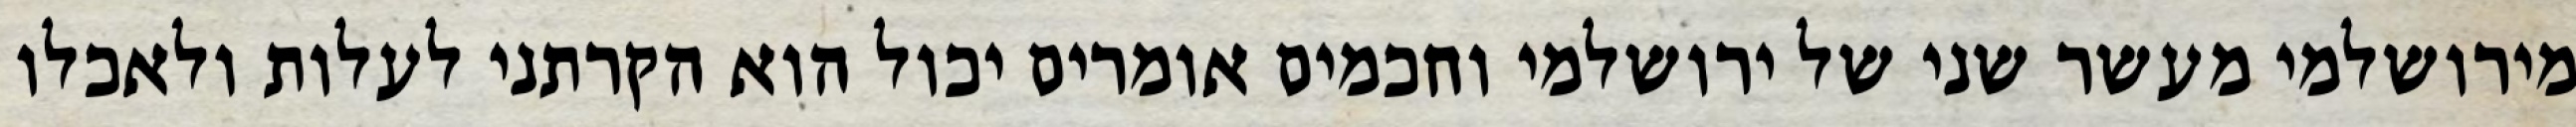
מירושלמי מעשר שני של ירושלמי וחכמים אומרים יכול הוא הקרתני לעלות ולאכלו